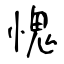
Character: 愧